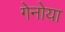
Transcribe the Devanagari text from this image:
गेनोया